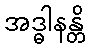
အဒ္ဓါနန္တိ